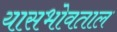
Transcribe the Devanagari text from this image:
यासभोवताल